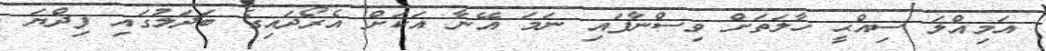
އަމިއްލަ ސިއްޙީ ހާލަތަށް ވިސްނާފައި ނަމަ އޭނާ އަކަށް އެރޯދައިގެ ބަދަލުގައި ފިދްޔަ